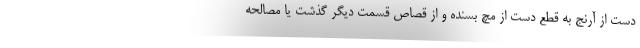
دست از آرنج به قطع دست از مچ بسنده و از قصاص قسمت دیگر گذشت یا مصالحه